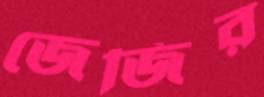
জেজির